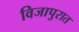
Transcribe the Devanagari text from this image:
विजापुरात